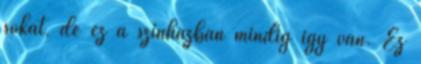
sokat, de ez a színházban mindig így van. Ez